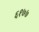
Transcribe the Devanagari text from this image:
६१७७